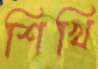
শিখি